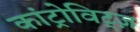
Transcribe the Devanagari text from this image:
कांट्रोविट्ज़